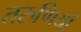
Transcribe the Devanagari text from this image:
तरुणियाँ